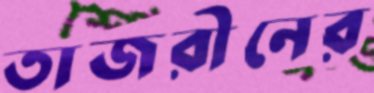
তাজরীনের